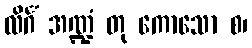
လိင်္ဂံ အဏ္ဍံ တု ကောသော စ၊